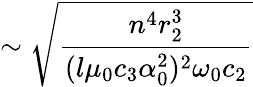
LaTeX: \sim\sqrt{\frac{n^{4}r_{2}^{3}}{(l\mu_{0}c_{3}\alpha_{0}^{2})^{2}\omega_{0}c_{2}}}